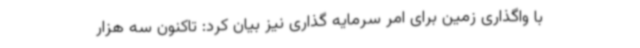
با واگذاری زمین برای امر سرمایه گذاری نیز بیان کرد: تاکنون سه هزار